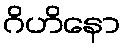
ဂိဟိနော